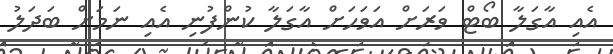
އެއި އާގަލާ ބޯޓް ވަރަށް އަވަހަށް އާގަލާ ކުންފުނި އެއި ނަމަށް ބަދަލު